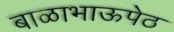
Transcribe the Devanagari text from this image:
बाळाभाऊपेठ